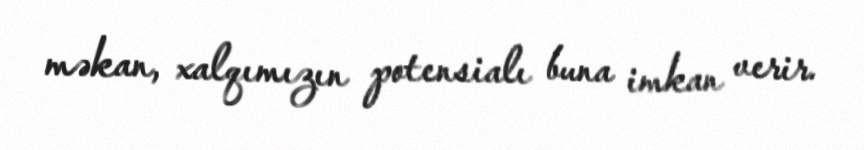
məkan, xalqımızın potensialı buna imkan verir.